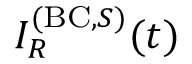
I _ { R } ^ { ( \mathrm { B C } , S ) } ( t )